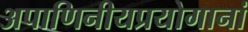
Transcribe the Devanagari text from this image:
अपाणिनीयप्रयोगानां